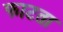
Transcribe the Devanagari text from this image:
फाटता